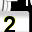
Digit: 2